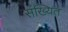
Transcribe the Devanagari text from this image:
संख्यित